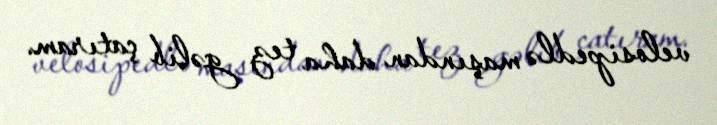
velosipedlə maşından daha tez gəlib çatıram.